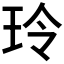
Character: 玲